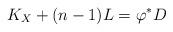
LaTeX: \begin{align*}K_X+(n-1)L= \varphi^*D\end{align*}